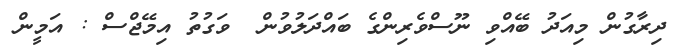
ދިރާގުން މިއަދު ބޭއްވި ނޫސްވެރިންގެ ބައްދަލުވުން  ވަގުތު އިމޭޖްސް : އަމީން